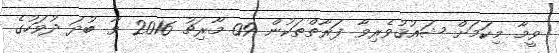
ވީމާ މިކަމަށް ޝައުޤުވެރިވާ ފަރާތްތަކުން 09 މާރިޗު 2016 ވާ ބުދަ ދުވަހުގެ